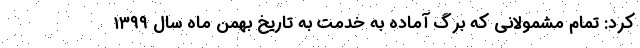
کرد: تمام مشمولانی که برگ آماده به خدمت به تاریخ بهمن ماه سال ۱۳۹۹